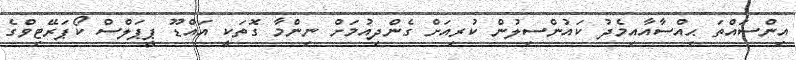
އިންސައްތަ ޙިއްސާއާއިމެދު ކައުންސިލުން ކުރިއަށް ގެންދިއުމަށް ނިންމާ ގޮތަކީ އައްޑޫ ޕީޕަލްސް ކޯޕަރޭޓިވްގެ